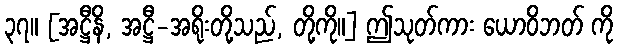
၃၇။ [အဋ္ဌီနိ, အဋ္ဌီ-အရိုးတို့သည်, တို့ကို။] ဤသုတ်ကား ယောဝိဘတ် ကို